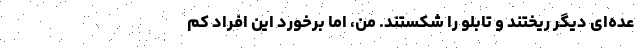
عده‌ای دیگر ریختند و تابلو را شکستند. من، اما برخورد این افراد کم